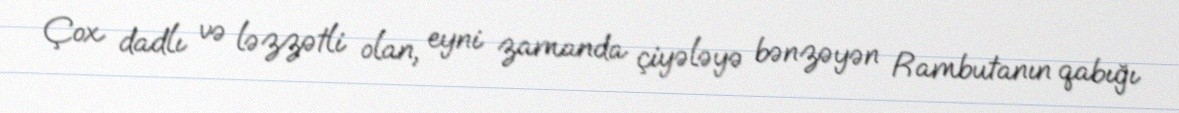
Çox dadlı və ləzzətli olan, eyni zamanda çiyələyə bənzəyən Rambutanın qabığı